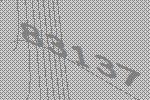
83137